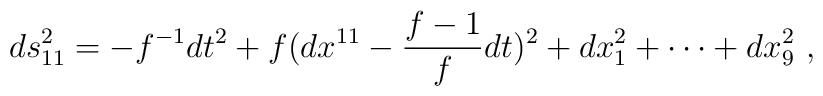
ds_{11}^2 = - f^{-1} dt^2 + f (dx^{11} - \frac{f-1}{f} dt )^2   + dx_1^2 + \cdots + dx_9^2 ~,